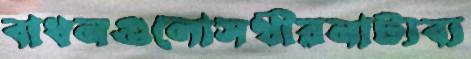
বাধনগুলোসখীরনাট্যব্য